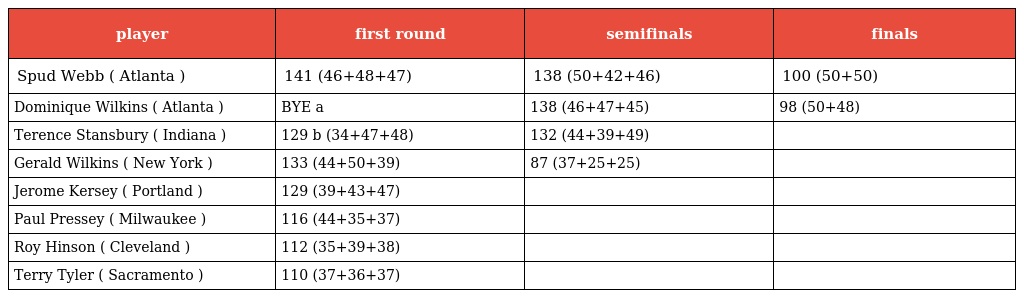
| player | first round | semifinals | finals |
 | --- | --- | --- | --- |
 | Spud Webb ( Atlanta ) | 141 (46+48+47) | 138 (50+42+46) | 100 (50+50) |
 | Dominique Wilkins ( Atlanta ) | BYE a | 138 (46+47+45) | 98 (50+48) |
 | Terence Stansbury ( Indiana ) | 129 b (34+47+48) | 132 (44+39+49) |  |
 | Gerald Wilkins ( New York ) | 133 (44+50+39) | 87 (37+25+25) |  |
 | Jerome Kersey ( Portland ) | 129 (39+43+47) |  |  |
 | Paul Pressey ( Milwaukee ) | 116 (44+35+37) |  |  |
 | Roy Hinson ( Cleveland ) | 112 (35+39+38) |  |  |
 | Terry Tyler ( Sacramento ) | 110 (37+36+37) |  |  |